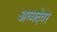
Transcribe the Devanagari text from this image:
अय्यदेवर